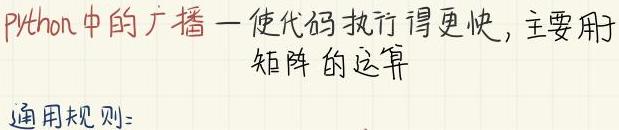
Python中的广播一使代码执行得更快，主要用于矩阵的运算
通用规则：